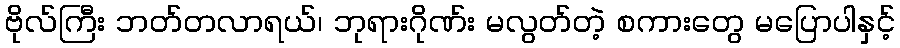
ဗိုလ်ကြီး ဘတ်တလာရယ်၊ ဘုရားဂိုဏ်း မလွတ်တဲ့ စကားတွေ မပြောပါနှင့်